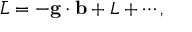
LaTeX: \bar { \cal L } = - { \bf g } \cdot { \bf b } + { \cal L } + \cdots ,